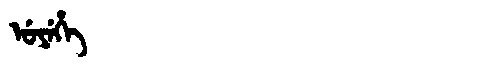
Manchu: ᡠᠶᡝᡥᡝ
Romanization: UYEHE